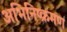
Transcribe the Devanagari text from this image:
अभिनिष्क्रमण